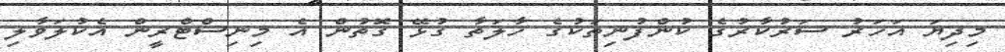
މިދިޔަ އަހަރު ސަރުކާރުގެ ކުންފުނިތަކުގެ ހާލަތާ ގުޅޭ ގޮތުން އެ މިނިސްޓްރީން އެކުލަވާލި